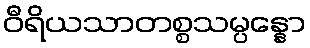
ဝီရိယသာတစ္စသမ္ပန္နော